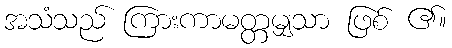
အသံသည် ကြားကာမတ္တမျှသာ ဖြစ် ၏။